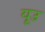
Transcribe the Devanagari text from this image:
यूउ